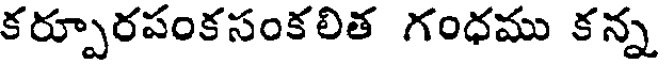
కర్పూరపంకసంకలిత గంధము కన్న